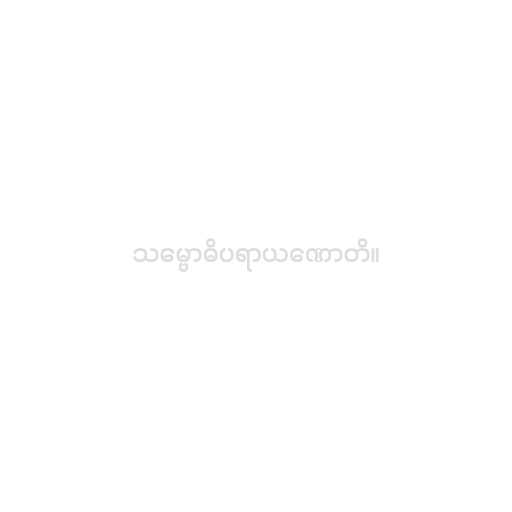
သမ္ဗောဓိပရာယဏောတိ။